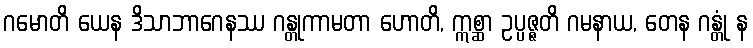
ဂမောတိ ယေန ဒိသာဘာဂေနဿ ဂန္တုကာမတာ ဟောတိ, ဣစ္ဆာ ဥပ္ပဇ္ဇတိ ဂမနာယ, တေန ဂန္တုံ န